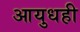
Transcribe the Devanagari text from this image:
आयुधही